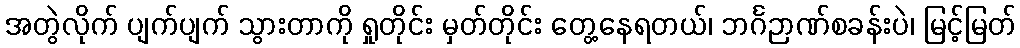
အတွဲလိုက် ပျက်ပျက် သွားတာကို ရှုတိုင်း မှတ်တိုင်း တွေ့နေရတယ်၊ ဘင်္ဂဉာဏ်စခန်းပဲ၊ မြင့်မြတ်